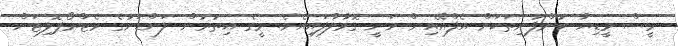
މީސް މީޑިޔާ ކުންފުނިތަކަށް އެފްއޭއިން ވަނީ ގޮވާލާފައިއެވެ. މީގެ އިތުރުން ލަންޑަނުގެ މެޓްރޯޕޮލިޓަން